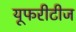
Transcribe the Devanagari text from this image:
यूफरीटीज